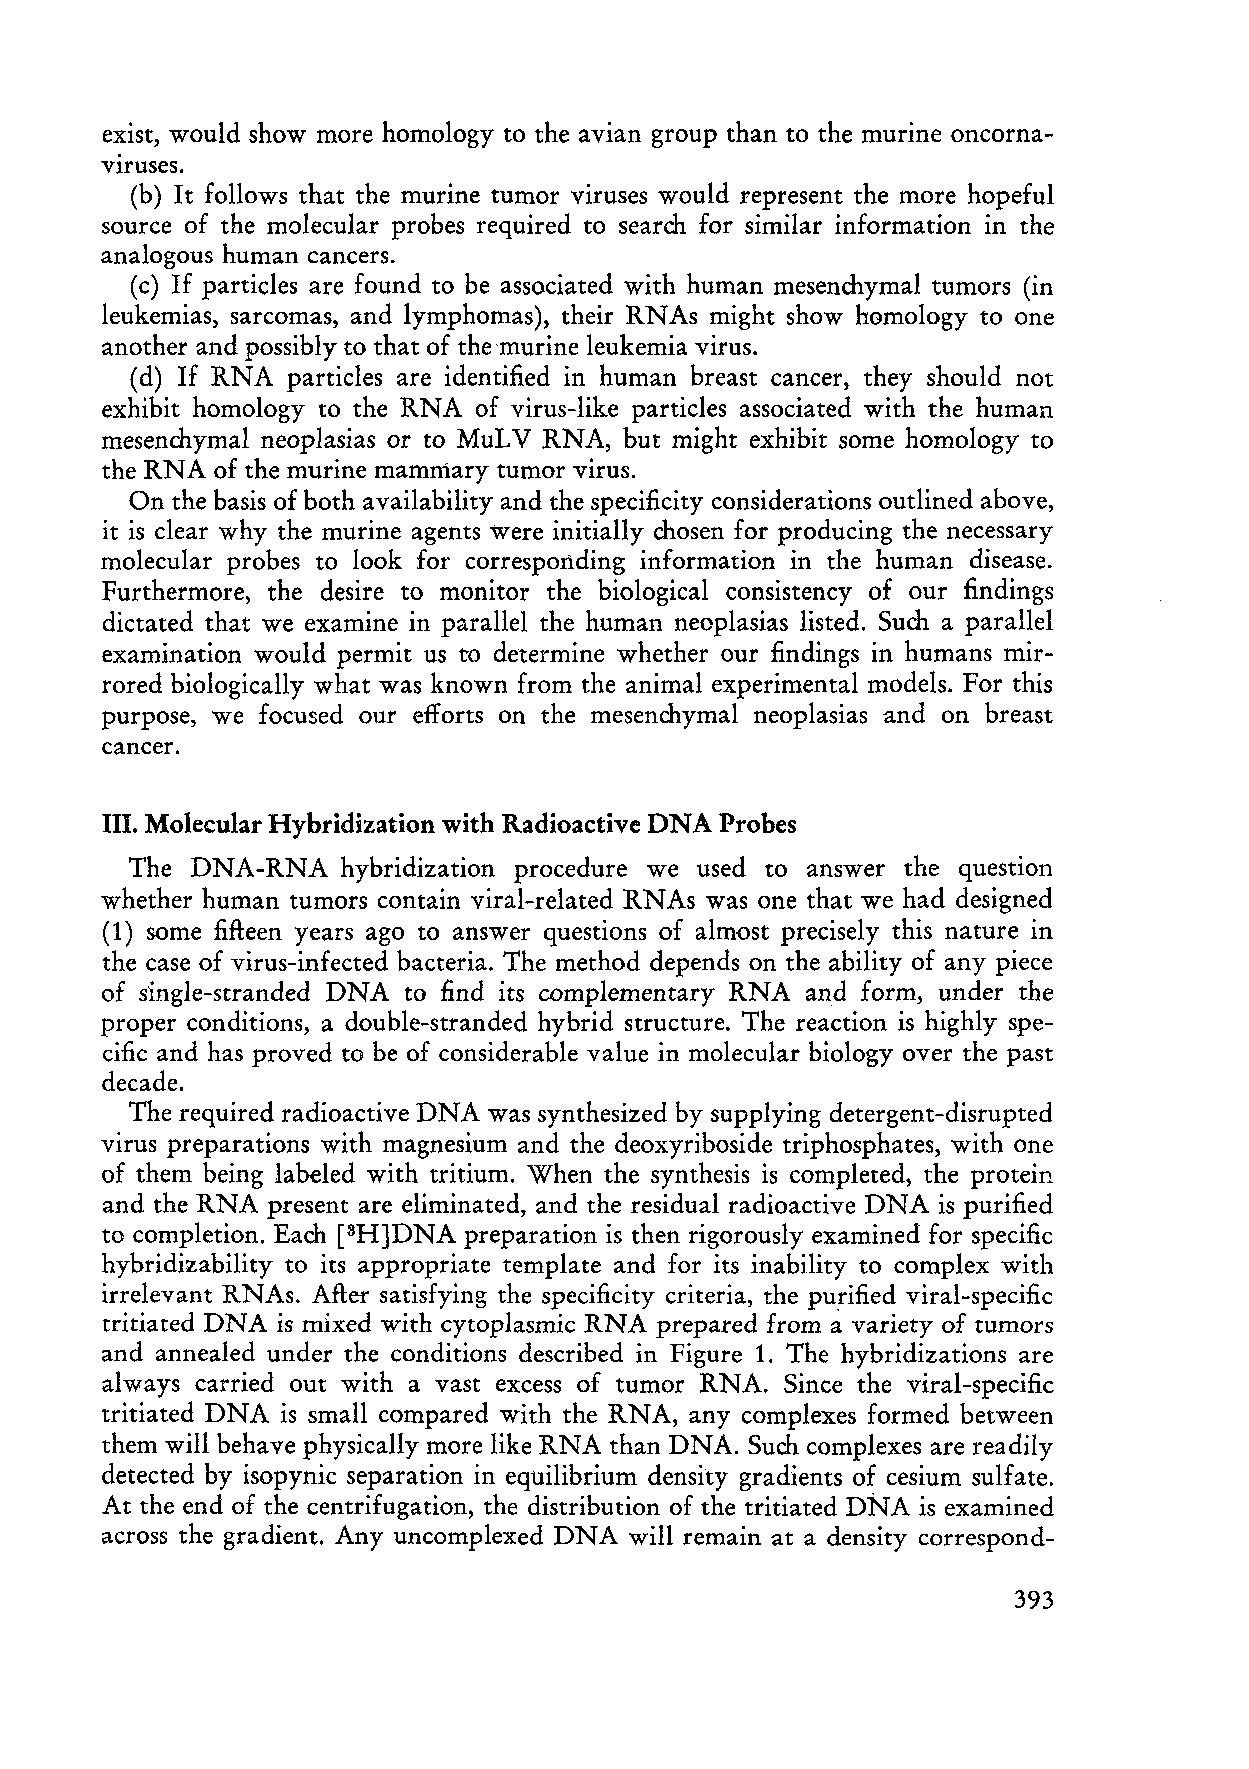
exist, would show more homology to the avian group than to the murine oncorna
 VIruses.
 (b) It follows that the murine tumor viruses would represent the more hopeful
 source of the molecular prob es required to search for similar information in the
 analogous human cancers.
 (c) If particles are found to be associated with human mesenchymal tumors (in
 leukemias, sarcomas, and lymphomas), their RNAs might show homology to one
 another and possibly to that of the'murine leukemia virus.
 (d) If RNA particles are identified in human breast cancer, they should not
 exhibit homology to the RNA of virus-like particles associated with the human
 mesenchym al neoplasias or to MuL V RNA, but might exhibit some homology to
 the RNA of the murine mammary tumor virus.
 On the basis of both availability and the specificity considerations outlined above,
 it is dear why the murine agents Were initially chosen for producing the necessary
 molecular probes to look for corresponding information in the human disease.
 Furthermore, the desire to monitor the biological consistency of our findings
 dictated that we examine in parallel the human neoplasias listed. Such a parallel
 examination would permit us to determine whether our findings in humans mir
 rored biologically what was known from the animal experimental models. For this
 purpose, we focused our efforts on the mesenchymal neoplasias and on breast
 cancer.
 III. Molecular Hybridization with Radioactive DNA Probe s
 The DNA-RNA   hybridization procedure we used to answer the question
 whether human tumors contain viral-related RNAs was one that we had designed
 (1) some fifteen years ago to answer questions of almost precisely this nature in
 the case of virus-infected bacteria. The method depends on the ability of any piece
 of single-stranded DNA to find its complementary RNA and form, under the
 proper conditions, a double-stranded hybrid structure. The re action is highly spe
 cific and has proved to be of considerable value in molecular biology over the past
 decade.
 The required radioactive DNA was synthesized by supplying detergent-disrupted
 virus preparations with magnesium and the deoxyriboside triphosphates, with one
 of them being labeled with tritium. When the synthesis is completed, the protein
 and the RNA present are eliminated, and the residual radioactive DNA is purified
 to completion. Each [3H]DNA preparation is then rigorously examined for specific
 hybridizability to its appropriate template and for its in ability to complex with
 irrelevant RNAs. After satisfying the specificity criteria, the purified viral-specific
 tritiated DNA is mixed wirh cytoplasmic RNA prepared from ci variety of tumors
 and annealed under the conditions described in Figure 1. The hybridizations are
 always carried out with a vast excess of tumor RNA. Since the viral-specific
 tritiated DNA is sm all compared with the RNA, any complexes formed between
 them will behave physically more like RNA than DNA. Such complexes are readily
 detected by isopynic separation in equilibrium density gradients of cesium sulfate.
 At the end of the centrifugation, the distribution of the tritiated DNA is examined
 across the gradient. Any uncomplexed DNA will remain at a density correspond-
 393